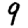
Digit: 9